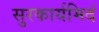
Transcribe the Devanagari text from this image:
सुरकार्यमिदं